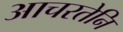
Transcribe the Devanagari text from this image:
आचरतेनि